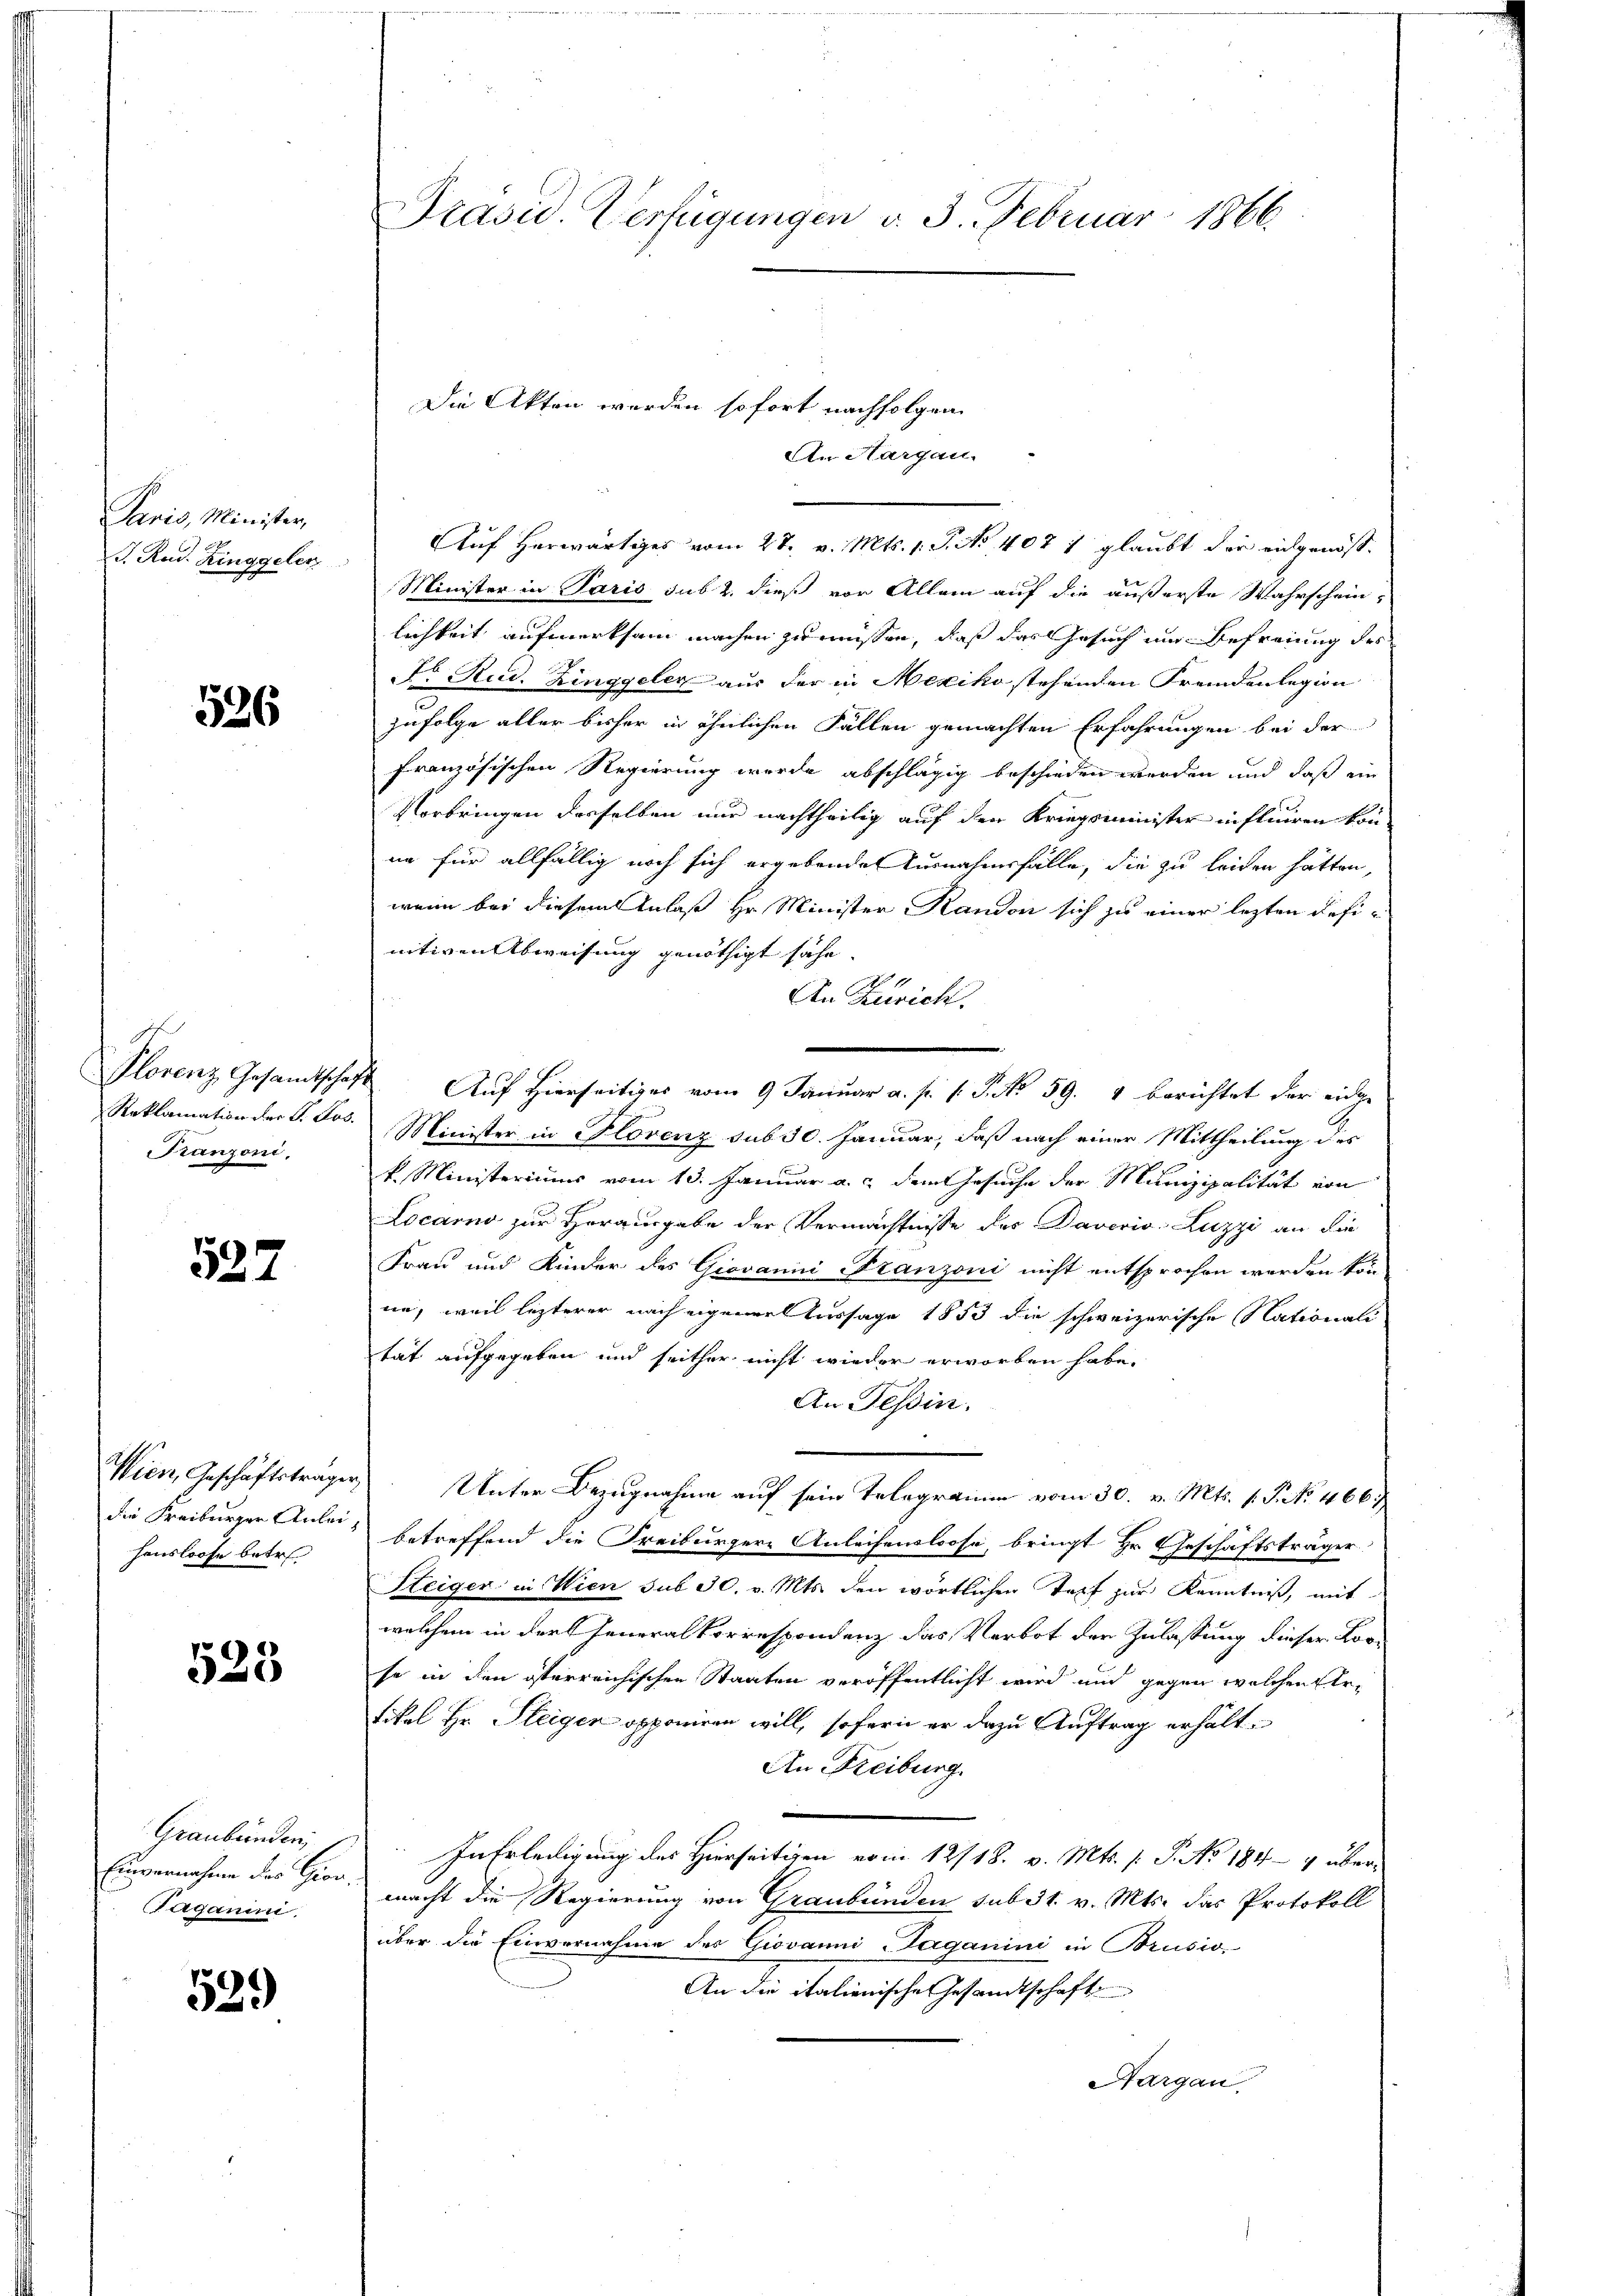
Paris, Minister,
J. Rud. Ringgeler

526

Plorenz Gesandtschaf
Reklamation der P. Jos.
Franzoni,

527

Wien, Geschäftsträger
die Freiburger Anleihausloose betr

533

Graubünden,
Einvernahme der Gior.
Taganini.

539)

Präsid. Verfügungen v. 3. Februar 1866.

Die Akten werden sofort nachfolgen
An Aargau.

Auf herwärtiges vom 27. v. Mts. 1. P. No. 4071 glaubt der eidgenös¬
Minister in Paris sub 2. dieß vor Allem auf die äußerste Wahrschein,
lichkeit aufmerksam machen zu müssen, daß das Gesuch um Befreiung des
Nr Rud. Zinggeler aus der in Mexiko stehenden Fremdenlegion
zufolge aller bisher in ähnlichen Fällen gemachten Erfahrungen bei der
französischen Regierung wurde abschlägig beschieden werden und daß ein
Vorbringen derselben nur nachtheilig auf den Kriegsminister influiren könnn für allfällig noch sich ergebende Ausnahmsfälle, die zu leiden hätten,
wenn bei diesem Anlaß Hr. Minister Randon sich zu einer lezten definitiven Abweisung genöthigt sähe.
An Zürich.
Auf Hierseitiges vom 9 Januar a. p. 1. P. No 59. 4 berichtet der eidge
Minister in Florenz sub 30. Januar, daß nach einer Mittheilung des
k. Ministeriums vom 13. Januar a. dem Gesuche der Munizipalität von
Locarno zur Herausgabe der Vermächtnisse des Daverio Luzzi an die
Frau und Kinder des Giovanin Franzoni nicht entsprochen werden kön-
ne, weil lezterer nach eigener Aussage 1853 die schweizerische Nationali
tät aufgegeben und seither nicht wieder erworben habe.
An Tessin.
Unter Bezugnahme auf sein Telegramm vom 30. v. Mts. 1. P. No. 466;
betreffend die Freiburgere Anleihenslose, bringt Hr. Geschäftsträger
Steiger in Wien sub 30. v. Mts. den wörtlichen Topf zur Kenntniß, mit
welchem in der Generalkorrespondenz das Verbot der Zulassung dieser Lorso in den österreichischen Staaten veröffentlicht wird und gegen welchen Er¬
Tikal Hr. Fleigen opponiren will, sofern er dazu Auftrag erhält¬
An Freiburg.
In Erledigung des Hierseitigen vom 12/18. v. Mts. 1. P. No 1849 übermacht die Regierung von Graubünden sub 31. v. Mts. das Protokoll
über die Einvernahme des Giovanni Taganini in Brusio,
An die italienische Gesandtschaft
Aargau.